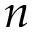
n